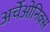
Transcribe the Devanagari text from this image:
अर्चेओनिक्स